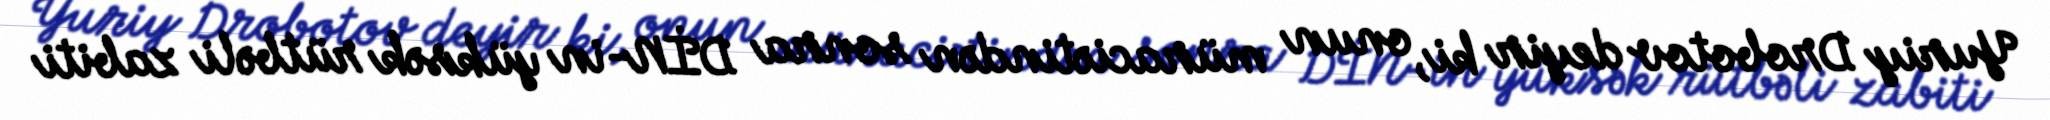
Yuriy Drobotov deyir ki, onun müraciətindən sonra DİN-in yüksək rütbəli zabiti